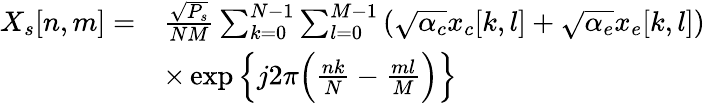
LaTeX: \begin{array}{rl}{{X_{s}}[n,m]=}&{\frac{{\sqrt{{P_{s}}}}}{{NM}}\sum_{k=0}^{N-1}{\sum_{l=0}^{M-1}{(\sqrt{{\alpha_{c}}}{x_{c}}[k,l]+\sqrt{{\alpha_{e}}}{x_{e}}[k,l])}}}\\ &{\times\exp\Big\{ j2\pi\Big(\frac{{nk}}{N}-\frac{{ml}}{M}\Big)\Big\} }\end{array}